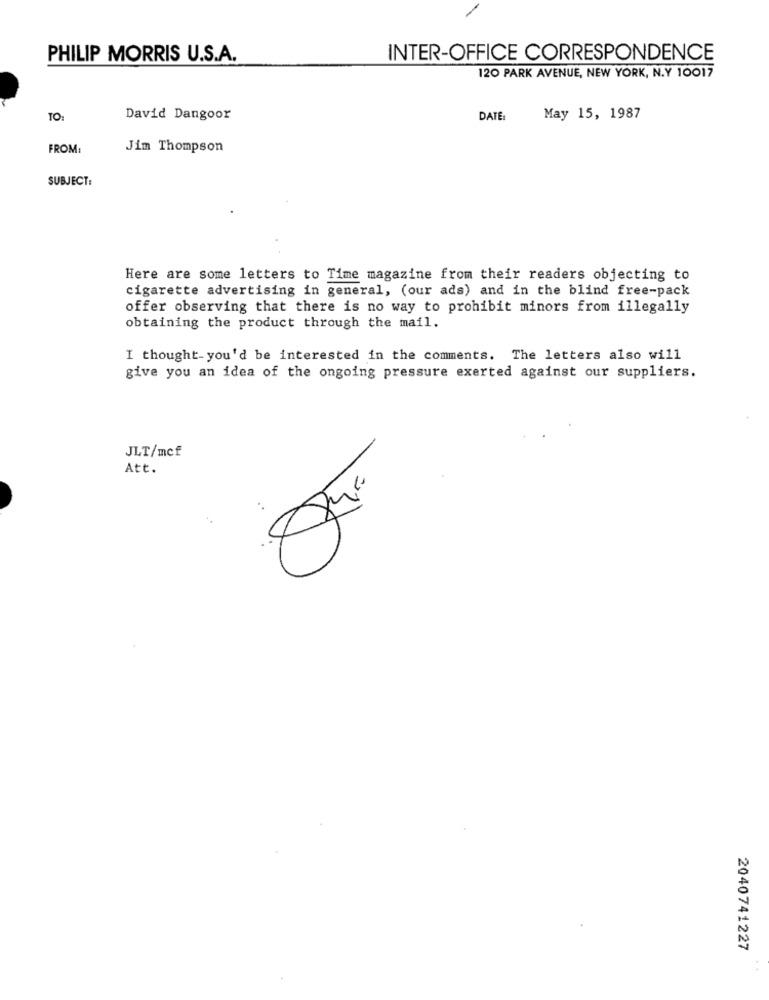
-
PHILIP MORRIS U.S.A.
INTER-OFFICE CORRESPONDENCE
120 PARK AVENUE, NEW YORK, N.Y 10017
TO:
David Dangoor
DATE:
May 15, 1987
FROM:
Jim Thompson
SUBJECT:
Here are some letters to Time magazine from their readers objecting to
cigarette advertising in general, (our ads) and in the blind free-pack
offer observing that there is no way to prohibit minors from illegally
obtaining the product through the mail.
I thought you'd be interested in the comments. The letters also will
give you an idea of the ongoing pressure exerted against our suppliers.
JLT/mcf
Att.
2040741227